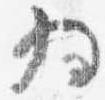
為